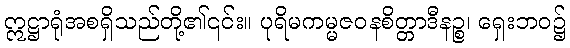
ဣဋ္ဌာရုံအစရှိသည်တို့၏၎င်း။ ပုရိမကမ္မဇဝနစိတ္တာဒီနဉ္စ၊ ရှေးဘဝ၌